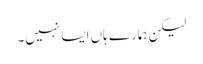
لیکن ہمارے ہاں ایسا نہیں۔